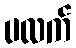
ပလက်